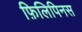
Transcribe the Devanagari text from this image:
फ़िलिपिनस